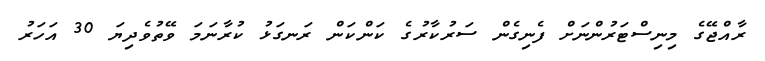
ރާއްޖޭގެ މިނިސްޓަރުންނަށް ފެނިގެން ސަރުކާރުގެ ކަންކަން ރަނގަޅު ކުރާނަމަ ވޭތުވެދިޔަ 30 އަހަރު